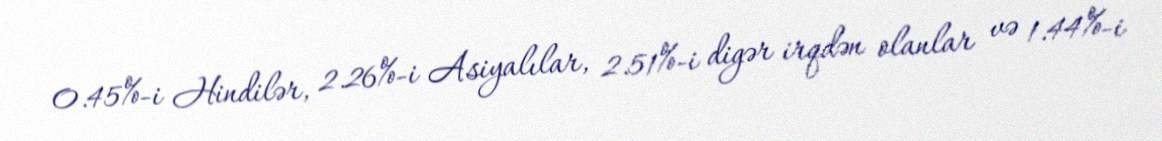
0.45%-i Hindilər, 2.26%-i Asiyalılar, 2.51%-i digər irqdən olanlar və 1.44%-i